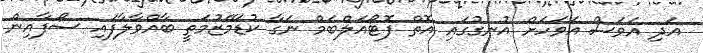
އަދި އަވަސް އަވަހަށް އުނގުގައި އޮތް ފޮޓޯއަލްބަމް ނަގާ ކުޑަމޭޒުމަތީ ބާއްވާލާފައި ސޯފާއިން